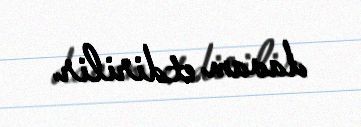
davam etdirilir.